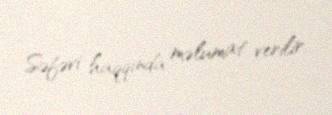
Səfəvi haqqında məlumat verilir.